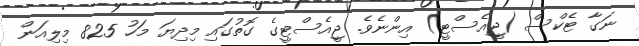
ނަގާ ޓެކްސް (ޖީއެސްޓީ) އިންނެވެ. ޖީއެސްޓީގެ ގޮތުގައި މިދިޔަ މަހު 825 މިލިއަން